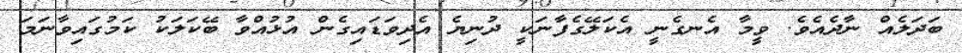
ބަދަލެއް ނާދެއެވެ. ވީމާ އެނގެނީ އެކަލޭގެފާނަކީ ދުނިޔެ އެދިވަޑައިގެން އުޅުއްވާ ބޭކަލަކު ކަމުގައިވާނަމަ